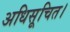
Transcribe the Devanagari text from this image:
अधिसूचित।